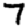
Digit: 7